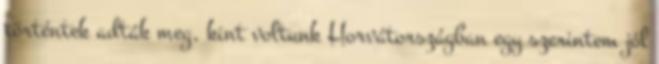
történtek adták meg, kint voltunk Horvátországban egy szerintem jól